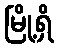
မြို့ရှိ